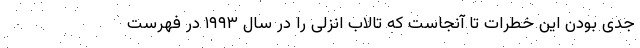
جدی بودن این خطرات تا آنجاست که تالاب انزلی را در سال ۱۹۹۳ در فهرست